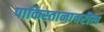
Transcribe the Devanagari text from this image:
पाकिस्तानावरील